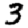
Digit: 3